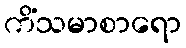
ကိံသမာစာရော